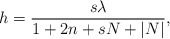
\begin{align*}h = {s\lambda\over {1 + 2n + sN + |N|}},\end{align*}